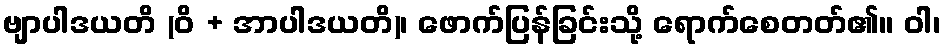
ဗျာပါဒယတိ (ဝိ + အာပါဒယတိ)၊ ဖောက်ပြန်ခြင်းသို့ ရောက်စေတတ်၏။ ဝါ၊